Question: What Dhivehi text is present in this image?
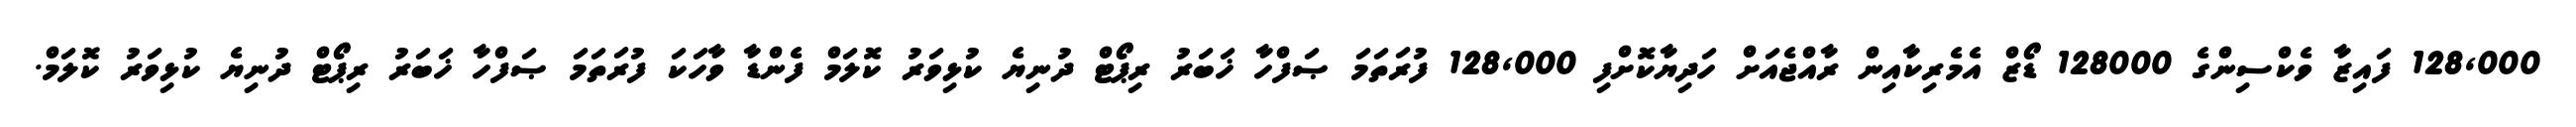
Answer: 128,000 ފައިޒާ ވެކްސިންގެ 128000 ޑޯޒް އެމެރިކާއިން ރާއްޖެއަށް ހަދިޔާކޮށްފި 128,000 ފުރަތަމަ ޞަފްހާ ޚަބަރު ރިޕޯޓް ދުނިޔެ ކުޅިވަރު ކޮލަމް ފެންޑާ ވާހަކަ ފުރަތަމަ ޞަފްހާ ޚަބަރު ރިޕޯޓް ދުނިޔެ ކުޅިވަރު ކޮލަމް.